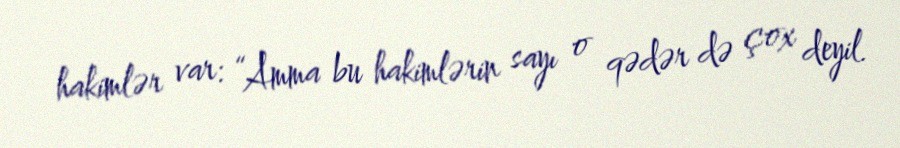
hakimlər var: “Amma bu hakimlərin sayı o qədər də çox deyil.